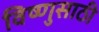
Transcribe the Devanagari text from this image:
विष्णुसाठी